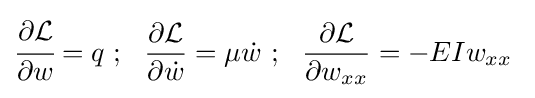
{\cfrac {\partial {\mathcal {L}}}{\partial w}}=q~;~~{\frac {\partial {\mathcal {L}}}{\partial {\dot {w}}}}=\mu {\dot {w}}~;~~{\frac {\partial {\mathcal {L}}}{\partial w_{xx}}}=-EIw_{xx}~